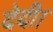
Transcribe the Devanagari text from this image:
देदी।